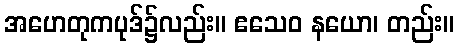
အဟေတုကပုဒ်၌လည်း။ ဧသေဝ နယော၊ တည်း။